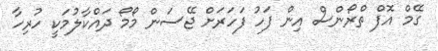
ގޭމް އޮފް ތްރޯންސް އިން ފަހު ފަހަރަށް ޖޭސަން މޯމޯ ދައްކާލުމަކީ ހުރިހާ